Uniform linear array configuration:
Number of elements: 24
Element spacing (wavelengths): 0.75
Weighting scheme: cosine
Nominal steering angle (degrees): -30
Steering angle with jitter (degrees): -30.542
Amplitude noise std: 0.05
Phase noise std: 0.05

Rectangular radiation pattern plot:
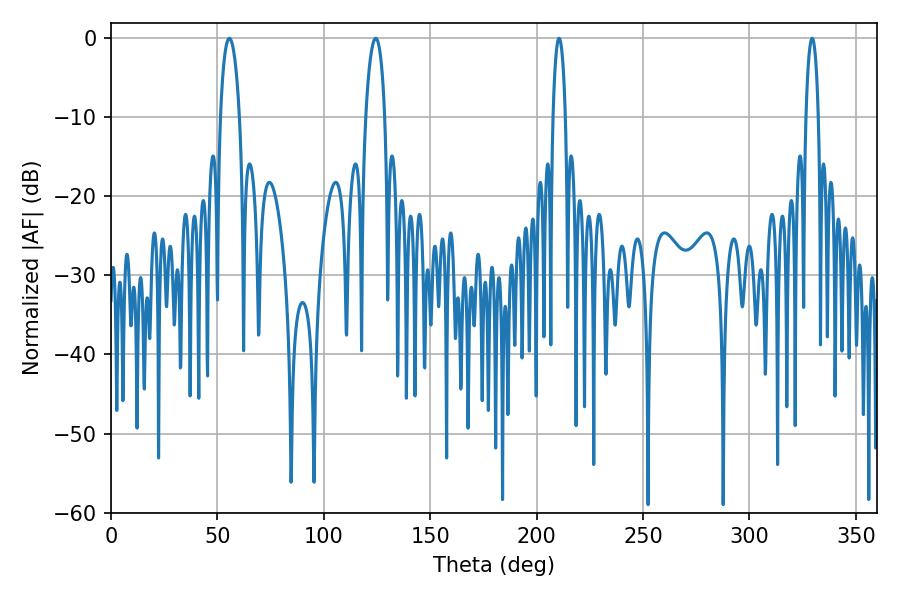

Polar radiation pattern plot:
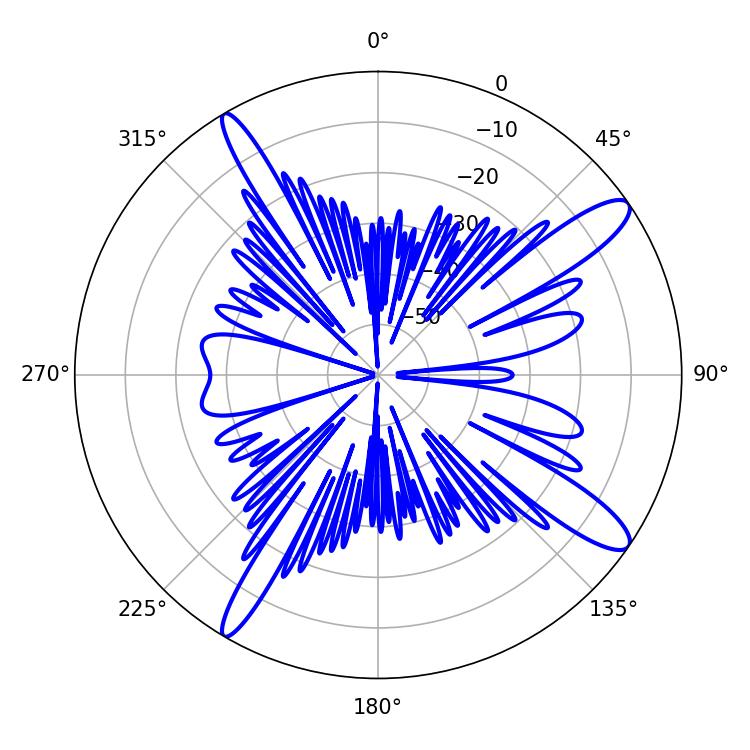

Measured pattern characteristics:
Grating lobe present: TRUE
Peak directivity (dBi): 13.154
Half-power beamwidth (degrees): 5.22
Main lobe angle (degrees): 55.62